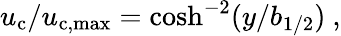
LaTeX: u_{\textup{c}}/u_{\textup{c,max}}=\textup{cosh}^{-2}(y/b_{\textup{1/2}})~,